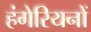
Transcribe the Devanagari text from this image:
हंगेरियनों